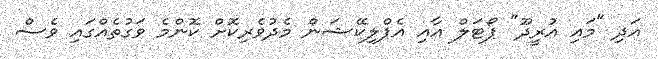
އަދި "މައި އުރީދޫ" ޕޯޓަަލް އާއި އެޕްލިކޭޝަން މެދުވެރިކޮށް ކޮންމެ ވަގުތެއްގައި ވެސް